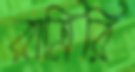
রাত্রিরি